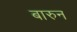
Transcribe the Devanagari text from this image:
बारुन